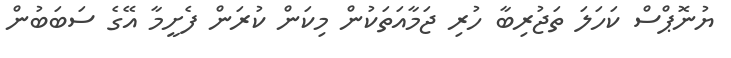
ޔުނޮޕްސް ކަހަލަ ތަޖުރިބާ ހުރި ޖަމާއަތަކުން މިކަން ކުރަން ފެށީމާ އޭގެ ސަބަބުން